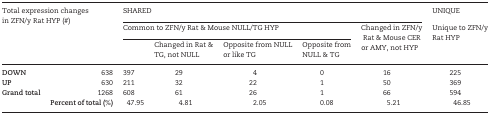
| <ROWSPAN=3-COLSPAN=2> Total expression changes in ZFN/y Rat HYP (#) | <COLSPAN=5> SHARED | UNIQUE |
 | <COLSPAN=4> Common to ZFN/y Rat & Mouse NULL/TG HYP | <ROWSPAN=2> Changed in ZFN/y Rat & Mouse CER or AMY, not HYP | <ROWSPAN=2> Unique to ZFN/y Rat HYP |
 |  | Changed in Rat & TG, not NULL | Opposite from NULL or like TG | Opposite from NULL & TG |
 | --- | --- | --- | --- | --- | --- | --- | --- |
 | DOWN | 638 | 397 | 29 | 4 | 0 | 16 | 225 |
 | UP | 630 | 211 | 32 | 22 | 1 | 50 | 369 |
 | Grand total | 1268 | 608 | 61 | 26 | 1 | 66 | 594 |
 |  | Percent of total (%) | 47.95 | 4.81 | 2.05 | 0.08 | 5.21 | 46.85 |